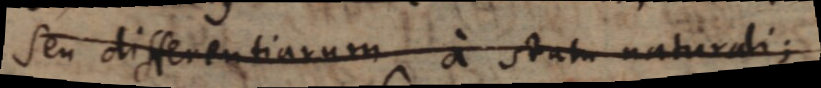
seu differentiarum a statu naturali;